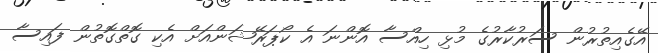
އޭގެއިތުރުން ސަރުކާރުގެ މުޅި ހިއްސާ އޮންނަ އެ ކޯޕަރޭޝަންއަށް އެކި ގޮތްގޮތުން ފައިސާ